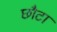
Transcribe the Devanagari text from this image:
छौटा